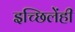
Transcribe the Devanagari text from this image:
इच्छिलेंही